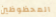
المحظوظين